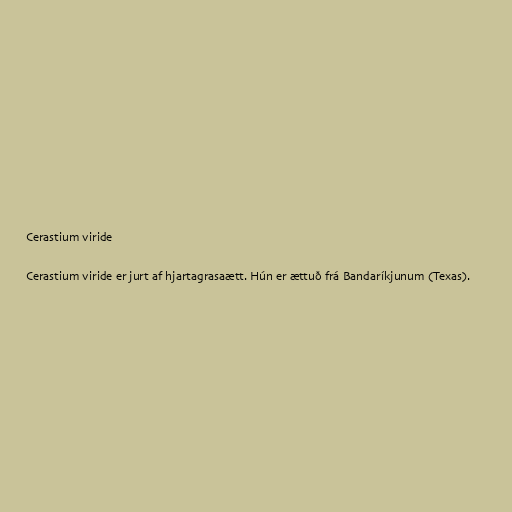
Cerastium viride

Cerastium viride er jurt af hjartagrasaætt. Hún er ættuð frá Bandaríkjunum (Texas).